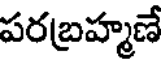
పరబ్రహ్మణే